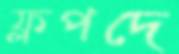
ফ্লপদে